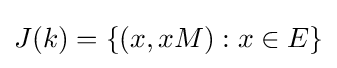
J(k)=\{(x,xM):x\in E\}